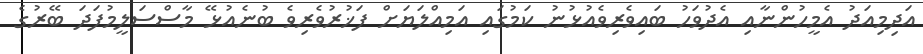
އަދިމިއަދު އެމީހުންނާއި އެދުވަހު ބައިވެރިވެއުޅުނު ކަމުގައި އަމިއްލަޔަށް ފަޚުރުވެރިވެ ބުނެއުޅޭ މާސްސަލީމުފަދަ ބޭރުގެ